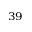
^ { 3 9 }